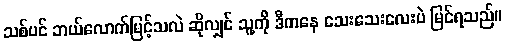
သစ်ပင် ဘယ်လောက်မြင့်သလဲ ဆိုလျှင် သူ့ကို ဒီကနေ သေးသေးလေးပဲ မြင်ရသည်။